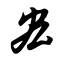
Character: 宏